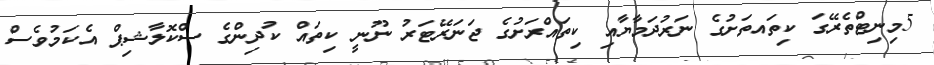
5މިނިޓްތެރޭގަ ކިތައތަށުގެ ނަރުދަމާޔާއި ކިތައްރަށުގެ ޖަނަރޭޓަރު ނޫނީ ކިތައް ކުދިންގެ ސްކޮލާޝިޕް އެކަމުވެސް